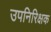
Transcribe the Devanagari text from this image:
उपनिरिक्षक